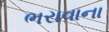
ભરાવાના